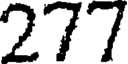
277